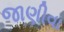
જાણીવા